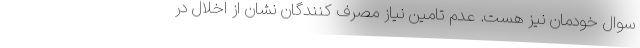
سوال خودمان نیز هست. عدم تامین نیاز مصرف کنندگان نشان از اخلال در